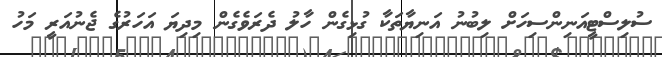
ސުލިސްޓީއަނިންސިހަށް ލިބުނު އަނިޔާތަކާ ގުޅިގެން ހާލު ދެރަވެގެން މިދިޔަ އަހަރުގެ ޖެނުއަރީ މަހު